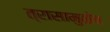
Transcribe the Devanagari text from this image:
त्रासामुळेच